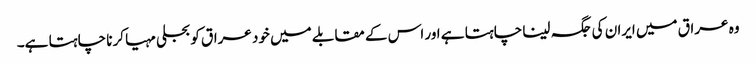
وہ عراق میں ایران کی جگہ لینا چاہتا ہے اور اس کے مقابلے میں خود عراق کو بجلی مہیا کرنا چاہتا ہے۔